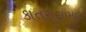
કાતરાસામળ